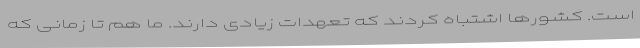
است. کشورها اشتباه کردند که تعهدات زیادی دارند. ما هم تا زمانی که